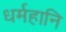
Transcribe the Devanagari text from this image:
धर्महानि